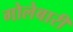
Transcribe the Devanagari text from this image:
गोलेबारी